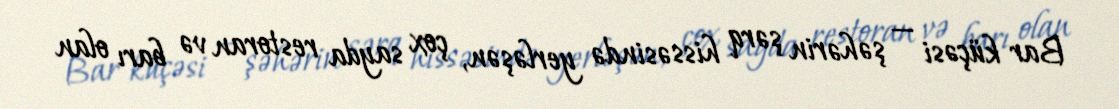
Bar küçəsi — şəhərin şərq hissəsində yerləşən, çox sayda restoran və barı olan